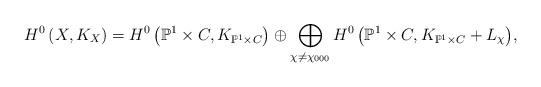
LaTeX: \begin{align*} H^{0}\left( X, K_X\right) = H^{0}\left( \mathbb{P}^1 \times C, K_{\mathbb{P}^1 \times C}\right) \oplus \bigoplus_{\chi \ne \chi_{000}}{H^{0}\left( \mathbb{P}^1 \times C, K_{\mathbb{P}^1 \times C} +L_{\chi}\right)}, \end{align*}